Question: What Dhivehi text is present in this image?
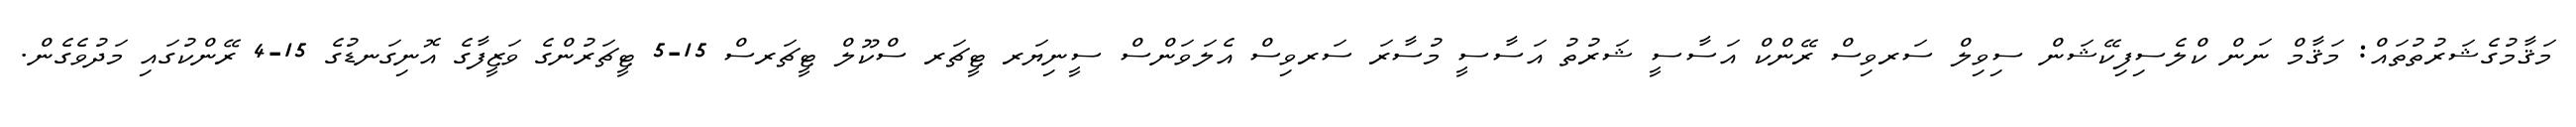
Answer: މަޤާމުގެޝަރުތުތައް: މަޤާމް ނަން ކްލެސިފިކޭޝަން ސިވިލް ސަރވިސް ރޭންކް އަސާސީ ޝަރުތު އަސާސީ މުސާރަ ސަރވިސް އެލަވަންސް ސީނިޔަރ ޓީޗަރ ސްކޫލް ޓީޗަރސް 15-5 ޓީޗަރުންގެ ވަޒީފާގެ އޮނިގަނޑުގެ 15-4 ރޭންކުގައި މަދުވެގެން.